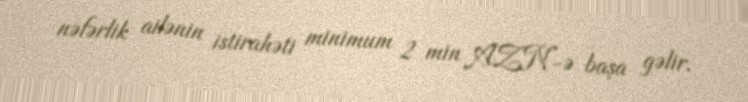
nəfərlik ailənin istirahəti minimum 2 min AZN-ə başa gəlir.